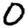
Digit: 0